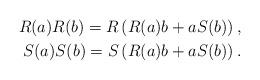
LaTeX: \begin{align*}R(a)R(b) = R\left(R(a) b + a S(b)\right) , \\S(a)S(b) = S\left(R(a) b + a S(b)\right) . \end{align*}